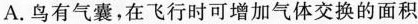
A.鸟有气囊，在飞行时可增加气体交换的面积